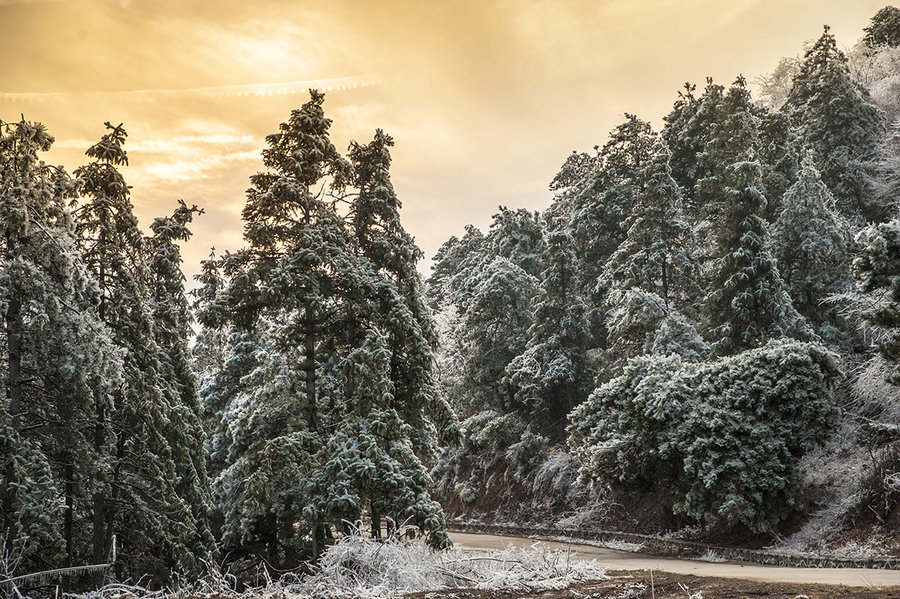
断崖苍藓对立久，冻雨为洗前朝悲。